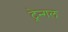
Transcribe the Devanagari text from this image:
ट्रेन्गल